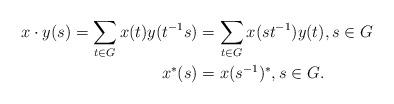
LaTeX: \begin{align*}x\cdot y(s)=\sum_{t\in G}x(t)y(t^{-1}s)&=\sum_{t\in G}x(st^{-1})y(t),s\in G\\x^*(s)&=x(s^{-1})^*,s\in G.\end{align*}